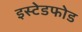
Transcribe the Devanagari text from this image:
इस्टेडफोड